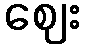
ဈေး